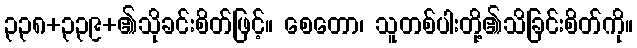
၃၃၈+၃၃၉+၏သိုခင်းစိတ်ဖြင့်။ စေတော၊ သူတစ်ပါးတို့၏သိခြင်းစိတ်ကို။